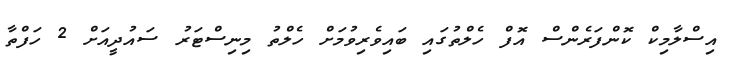
އިސްލާމިކް ކޮންފަރެންސް އޮފް ހެލްތުގައި ބައިވެރިވުމަށް ހެލްތު މިނިސްޓަރު ސައުދީއަށް 2 ހަފްތާ